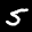
Label: 5